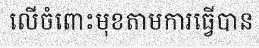
លើចំពោះមុខតាមការធ្វើបាន